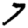
Digit: 7